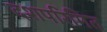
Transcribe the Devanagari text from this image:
दशपरिमित